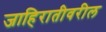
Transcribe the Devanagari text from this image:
जाहिरातीवरील